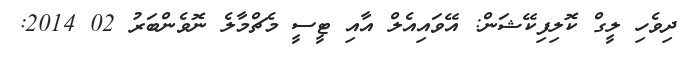
ދިވެހި ލީގް ކޮލިފިކޭޝަން: އޭވައިއެލް އާއި ޓީސީ މެޗްމާލެ ނޮވެންބަރު 02 2014: